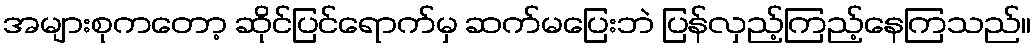
အများစုကတော့ ဆိုင်ပြင်ရောက်မှ ဆက်မပြေးဘဲ ပြန်လှည့်ကြည့်နေကြသည်။